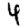
Digit: 4